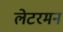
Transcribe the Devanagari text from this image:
लेटरमन